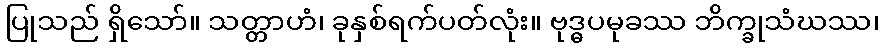
ပြုသည် ရှိသော်။ သတ္တာဟံ၊ ခုနှစ်ရက်ပတ်လုံး။ ဗုဒ္ဓပမုခဿ ဘိက္ခုသံဃဿ၊